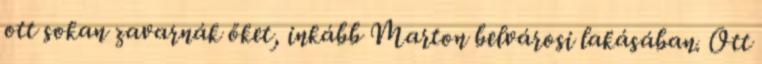
ott sokan zavarnák őket, inkább Marton belvárosi lakásában. Ott